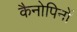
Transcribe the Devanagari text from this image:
कैनोपिनों